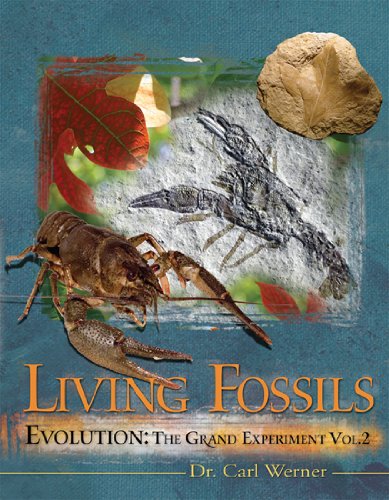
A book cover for Evolution: The Grand Experiment: Vol. 2 - Living Fossils; Dr. Carl Werner; Science & Math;